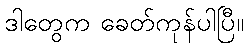
ဒါတွေက ခေတ်ကုန်ပါပြီ။